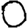
Digit: 0